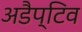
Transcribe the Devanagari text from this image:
अडैप्टिव